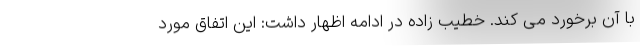
با آن برخورد می کند. خطیب زاده در ادامه اظهار داشت: این اتفاق مورد